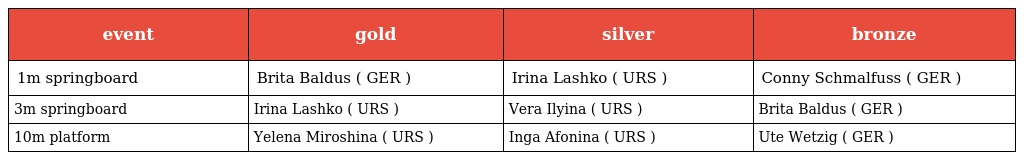
| event | gold | silver | bronze |
 | --- | --- | --- | --- |
 | 1m springboard | Brita Baldus ( GER ) | Irina Lashko ( URS ) | Conny Schmalfuss ( GER ) |
 | 3m springboard | Irina Lashko ( URS ) | Vera Ilyina ( URS ) | Brita Baldus ( GER ) |
 | 10m platform | Yelena Miroshina ( URS ) | Inga Afonina ( URS ) | Ute Wetzig ( GER ) |